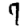
Digit: 7